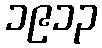
၁၉၁၃